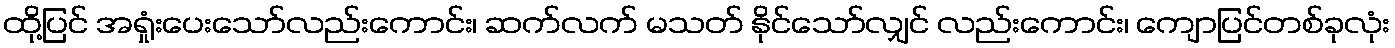
ထို့ပြင် အရှုံးပေးသော်လည်းကောင်း၊ ဆက်လက် မသတ် နိုင်သော်လျှင် လည်းကောင်း၊ ကျောပြင်တစ်ခုလုံး